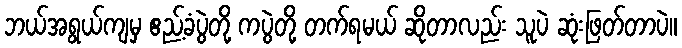
ဘယ်အရွယ်ကျမှ ဧည့်ခံပွဲတို့ ကပွဲတို့ တက်ရမယ် ဆိုတာလည်း သူပဲ ဆုံးဖြတ်တာပဲ။